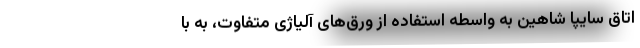
اتاق سایپا شاهین به واسطه استفاده از ورق‌های آلیاژی متفاوت، به با